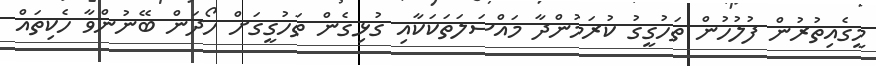
މީގެއިތުރުން ފުލުހުން ތަހުގީގު ކުރަމުންދާ މައްސަލަތަކަކާއި ގުޅިގެން ތަހުގީގަށް ހޯދަން ބޭނުންވާ ހެކިތައް